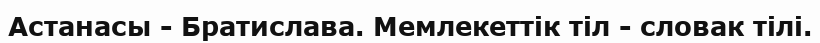
Астанасы - Братислава. Мемлекеттік тіл - словак тілі.